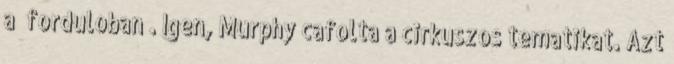
a “forduloban”. Igen, Murphy cafolta a cirkuszos tematikat. Azt